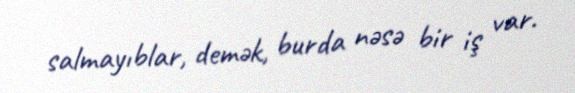
salmayıblar, demək, burda nəsə bir iş var.